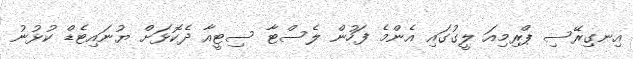
އިނގިރޭސި ޕްރިމިއަ ލީގުގައި އެންމެ ފަހުން ލެސްޓާ ސިޓީއާ ދެކޮޅަށް ޔުނައިޓެޑް ކުޅުނު